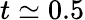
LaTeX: t\simeq 0.5